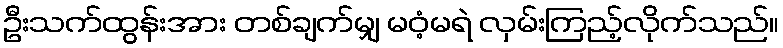
ဦးသက်ထွန်းအား တစ်ချက်မျှ မဝံ့မရဲ လှမ်းကြည့်လိုက်သည်။